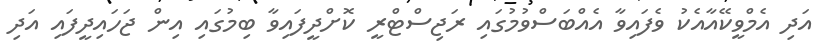
އަދި އެމްވީކޭއާއެކު ވެފައިވާ އެއްބަސްވުމުގައި ރަޖިސްޓްރީ ކޮށްދީފައިވާ ބިމުގައި އިން ޖަހައިދީފައި އަދި